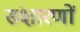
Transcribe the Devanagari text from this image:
संक्षारणों